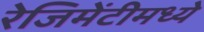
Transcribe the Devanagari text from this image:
रेजिमेंटीमध्ये